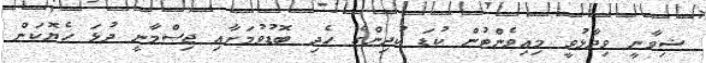
ޝިވާނީ ވިދާޅުވީ މިއިވެންޓުން ކުޑަ ކުދިންގެ ހެދި ބޮޑުވުމަށާއި ޖިސްމާނީ ދުޅަ ހެޔޮކަން